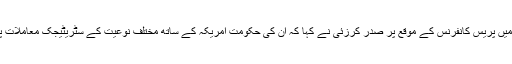
کابل کے صدارتی محل میں پریس کانفرنس کے موقع پر صدر کرزئی نے کہا کہ ان کی حکومت امریکہ کے ساتھ مختلف نوعیت کے سٹریٹیجک معاملات پر مذاکرات کر رہی ہے۔